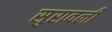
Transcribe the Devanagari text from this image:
सुरावली